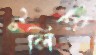
টলিত